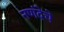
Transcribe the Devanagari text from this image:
नणंदेचे